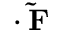
{ \bf \nabla \cdot \tilde { F } }